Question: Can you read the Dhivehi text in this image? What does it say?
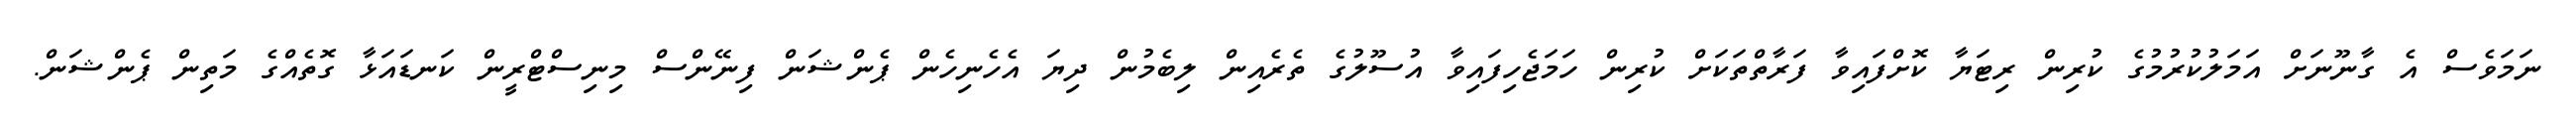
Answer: ނަމަވެސް އެ ގާނޫނަށް އަމަލުކުރުމުގެ ކުރިން ރިޓަޔާ ކޮށްފައިވާ ފަރާތްތަކަށް ކުރިން ހަމަޖެހިފައިވާ އުސޫލުގެ ތެރެއިން ލިބެމުން ދިޔަ އެހެނިހެން ޕެންޝަން ފިނޭންސް މިނިސްޓްރީން ކަނޑައަޅާ ގޮތެއްގެ މަތިން ޕެންޝަން.